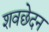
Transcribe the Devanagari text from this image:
शवछेदन